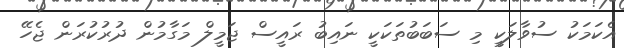
އެކަމަކު ސުވާލަކީ މި ސަބަބުތަކަކީ ނައިބު ރައީސް ޖަމީލް މަގާމުން ދުރުކުރަން ޖެހޭ